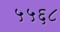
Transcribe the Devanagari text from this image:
५५६८